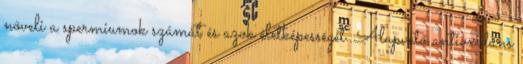
növeli a spermiumok számát és azok életképességét. Alapvető antioxidáns